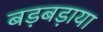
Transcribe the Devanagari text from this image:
बड़बड़ाया